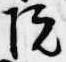
院